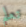
تعلم